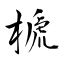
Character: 榹